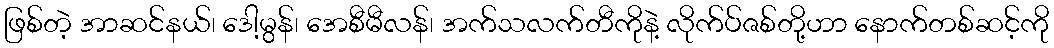
ဖြစ်တဲ့ အာဆင်နယ်၊ ဒေါ့မွန်၊ အေစီမီလန်၊ အက်သလက်တီကိုနဲ့ လိုက်ပ်ဇစ်တို့ဟာ နောက်တစ်ဆင့်ကို